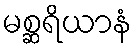
မစ္ဆရိယာနံ